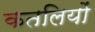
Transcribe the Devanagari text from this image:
कतलियों